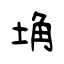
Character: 埆